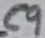
Text: C9